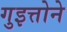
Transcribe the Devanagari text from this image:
गुइत्तोने